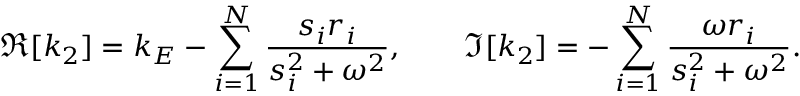
\Re [ k _ { 2 } ] = k _ { E } - \sum _ { i = 1 } ^ { N } \frac { s _ { i } r _ { i } } { s _ { i } ^ { 2 } + \omega ^ { 2 } } , \qquad \Im [ k _ { 2 } ] = - \sum _ { i = 1 } ^ { N } \frac { \omega r _ { i } } { s _ { i } ^ { 2 } + \omega ^ { 2 } } .